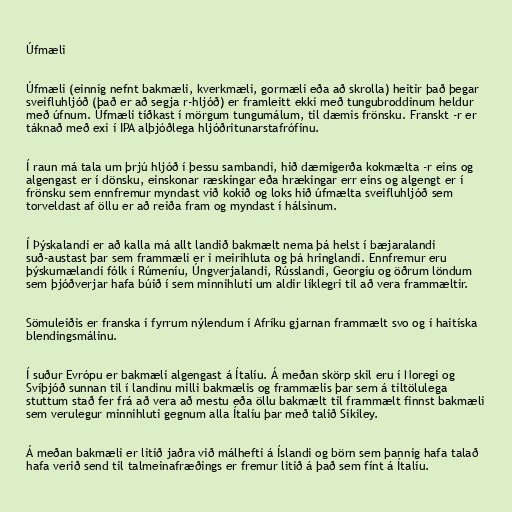
Úfmæli

Úfmæli (einnig nefnt bakmæli, kverkmæli, gormæli eða að skrolla) heitir það þegar
sveifluhljóð (það er að segja r-hljóð) er framleitt ekki með tungubroddinum heldur
með úfnum. Úfmæli tíðkast í mörgum tungumálum, til dæmis frönsku. Franskt -r er
táknað með exi í IPA alþjóðlega hljóðritunarstafrófinu.

Í raun má tala um þrjú hljóð í þessu sambandi, hið dæmigerða kokmælta -r eins og
algengast er í dönsku, einskonar ræskingar eða hrækingar err eins og algengt er í
frönsku sem ennfremur myndast við kokið og loks hið úfmælta sveifluhljóð sem
torveldast af öllu er að reiða fram og myndast í hálsinum.

Í Þýskalandi er að kalla má allt landið bakmælt nema þá helst í bæjaralandi
suð-austast þar sem frammæli er i meirihluta og þá hringlandi. Ennfremur eru
þýskumælandi fólk í Rúmeníu, Úngverjalandi, Rússlandi, Georgíu og öðrum löndum
sem þjóðverjar hafa búið í sem minnihluti um aldir líklegri til að vera frammæltir.

Sömuleiðis er franska í fyrrum nýlendum í Afríku gjarnan frammælt svo og í haitíska
blendingsmálinu.

Í suður Evrópu er bakmæli algengast á Ítalíu. Á meðan skörp skil eru í Noregi og
Svíþjóð sunnan til í landinu milli bakmælis og frammælis þar sem á tiltölulega
stuttum stað fer frá að vera að mestu eða öllu bakmælt til frammælt finnst bakmæli
sem verulegur minnihluti gegnum alla Ítalíu þar með talið Sikiley.

Á meðan bakmæli er litið jaðra við málhefti á Íslandi og börn sem þannig hafa talað
hafa verið send til talmeinafræðings er fremur litið á það sem fínt á Ítalíu.